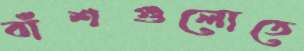
বাঁশগুলোতে